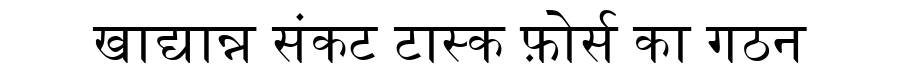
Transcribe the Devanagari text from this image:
खाद्यान्न संकट टास्क फ़ोर्स का गठन